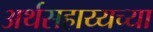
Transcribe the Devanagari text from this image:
अर्थसहाय्यच्या